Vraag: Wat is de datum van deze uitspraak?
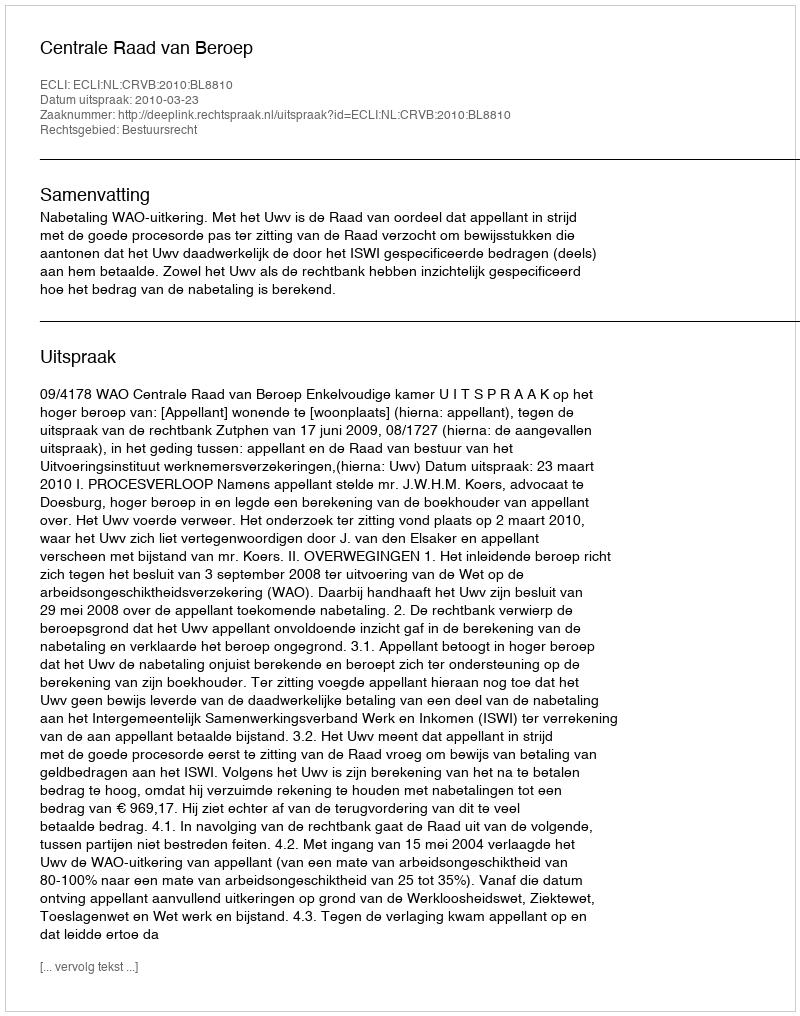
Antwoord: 2010-03-23